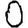
Digit: 0